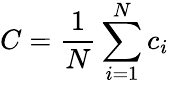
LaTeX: C=\frac{1}{N}\sum_{i=1}^{N}c_{i}